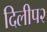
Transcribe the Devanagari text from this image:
दिलीप२